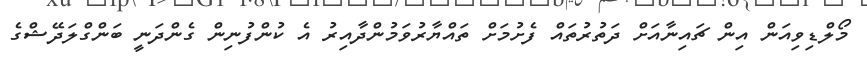
މޯލްޑިވިއަން އިން ޗައިނާއަށް ދަތުރުތައް ފެށުމަށް ތައްޔާރުވަމުންދާއިރު އެ ކުންފުނިން ގެންދަނީ ބަންގްލަދޭޝްގެ